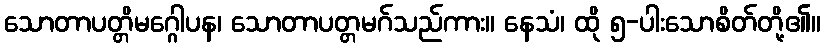
သောတာပတ္တိမဂ္ဂေါပန၊ သောတာပတ္တမဂ်သည်ကား။ နေသံ၊ ထို ၅-ပါးသောစိတ်တို့၏။